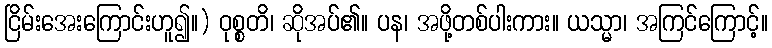
ငြိမ်းအေးကြောင်းဟူ၍။) ဝုစ္စတိ၊ ဆိုအပ်၏။ ပန၊ အဖို့တစ်ပါးကား။ ယသ္မာ၊ အကြင်ကြောင့်။